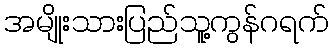
အမျိုးသားပြည်သူ့ကွန်ဂရက်